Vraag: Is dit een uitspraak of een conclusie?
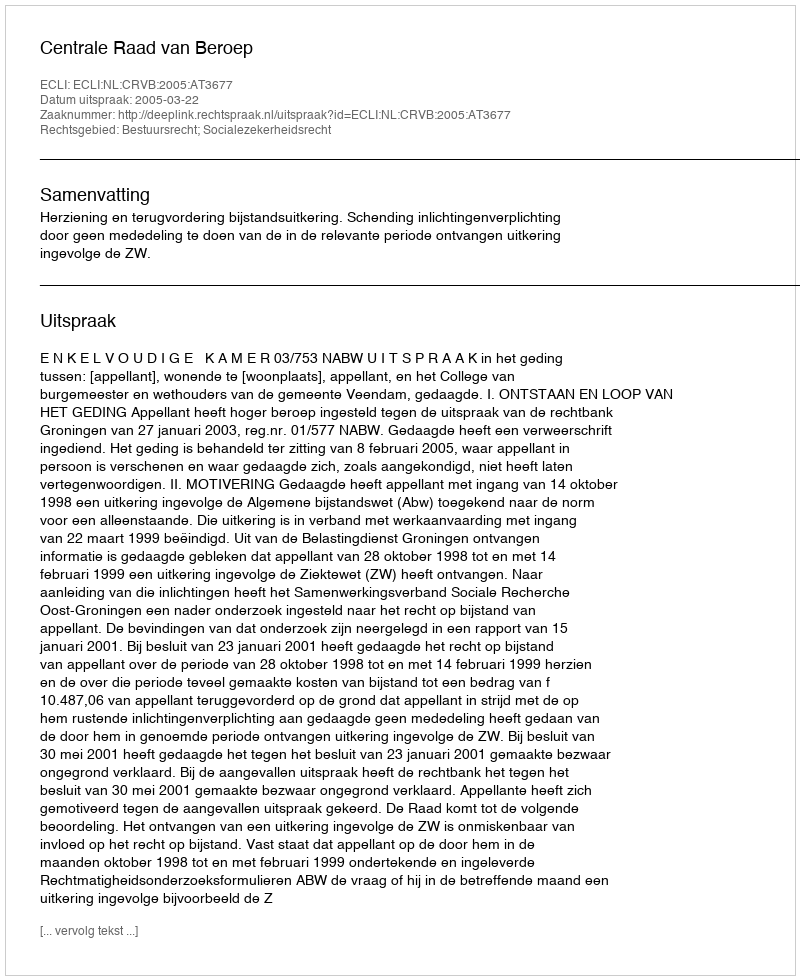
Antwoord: Uitspraak